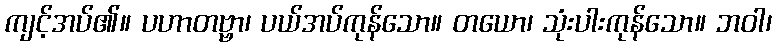
ကျင့်အပ်၏။ ပဟာတဗ္ဗာ၊ ပယ်အပ်ကုန်သော။ တယော၊ သုံးပါးကုန်သော။ ဘဝါ၊